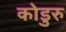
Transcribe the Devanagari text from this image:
कोडुरु